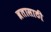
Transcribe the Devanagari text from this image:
व्रतासाठी